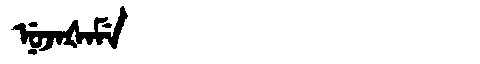
Manchu: ᠨᡠᠵᠠᡧᠠᠮᡝ
Romanization: NUJAŠAME